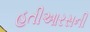
હતીઆરસની